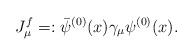
LaTeX: \begin{align*}J_\mu^f = :{\bar\psi}^{(0)}(x)\gamma_\mu\psi^{(0)}(x).\end{align*}